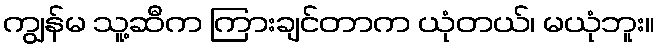
ကျွန်မ သူ့ဆီက ကြားချင်တာက ယုံတယ်၊ မယုံဘူး။